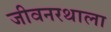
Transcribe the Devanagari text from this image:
जीवनरथाला